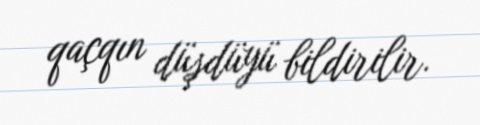
qaçqın düşdüyü bildirilir.